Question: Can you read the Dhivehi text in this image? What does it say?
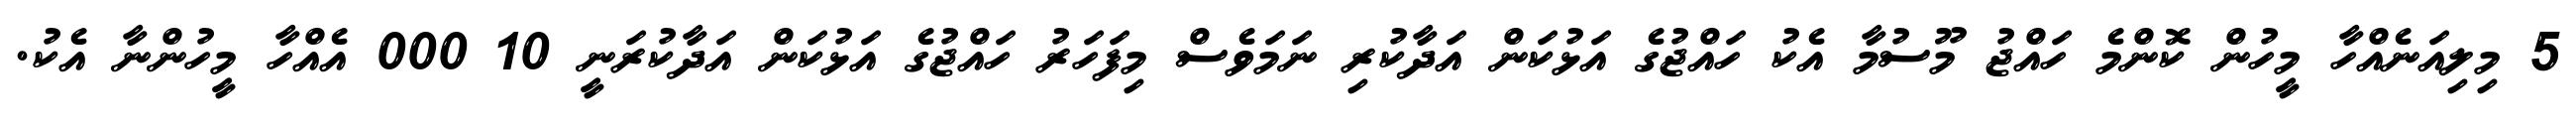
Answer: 5 މިލިއަނެއްހާ މީހުން ކޮންމެ ހައްޖު މޫސުމާ އެކު ހައްޖުގެ އަޅުކަން އަދާކުރި ނަމަވެސް މިފަހަރު ހައްޖުގެ އަޅުކަން އަދާކުރަނީ 10 000 އެއްހާ މީހުންނާ އެކު.